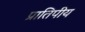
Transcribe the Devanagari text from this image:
प्रातिपीय